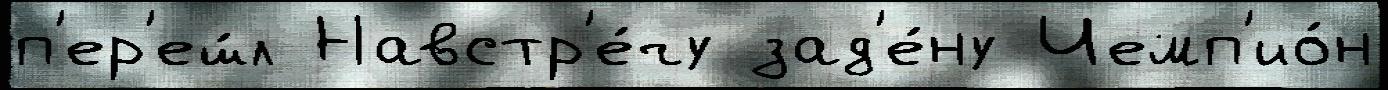
п'ер'еш́л Навстр'е́чу зад'е́ну Чемп'ио́н